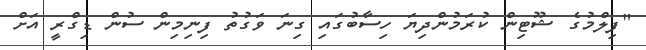
"ފިލްމުގެ ޝޫޓިން ކުރަމުންދިޔަ ހިސާބުގައި ގިނަ ވަގުތު ފިނިމިން ސުން ޑިގްރީ އަށް